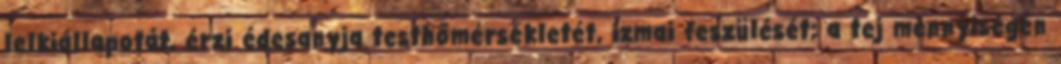
lelkiállapotát, érzi édesanyja testhőmérsékletét, izmai feszülését; a tej mennyiségén